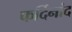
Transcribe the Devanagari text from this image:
फर्दिनांद